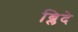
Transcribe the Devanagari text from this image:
ब्लिदे